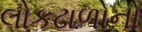
લોકઢાળોનો